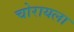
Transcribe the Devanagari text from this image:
चोरायला